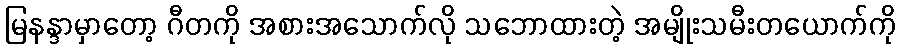
မြနန္ဒာမှာတော့ ဂီတကို အစားအသောက်လို သဘောထားတဲ့ အမျိုးသမီးတယောက်ကို